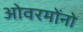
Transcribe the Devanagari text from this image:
ओवरमोंनो